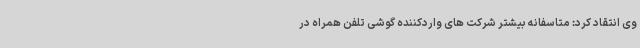
وی انتقاد کرد: متاسفانه بیشتر شرکت های واردکننده گوشی تلفن همراه در